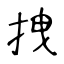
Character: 拽